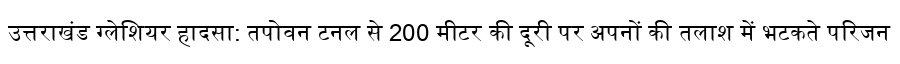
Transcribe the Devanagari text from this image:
उत्तराखंड ग्लेशियर हादसा: तपोवन टनल से 200 मीटर की दूरी पर अपनों की तलाश में भटकते परिजन